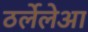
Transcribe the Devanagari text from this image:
ठर्लेलेआ